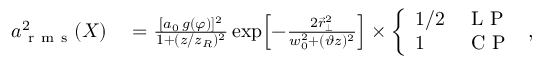
\begin{array} { r l } { a _ { \mathrm { ~ r ~ m ~ s ~ } } ^ { 2 } ( X ) } & { { } = \frac { [ a _ { 0 } \, g ( \varphi ) ] ^ { 2 } } { 1 + ( z / z _ { R } ) ^ { 2 } } \exp \! \left[ - \frac { 2 \vec { r } _ { \perp } ^ { 2 } } { w _ { 0 } ^ { 2 } + ( \vartheta z ) ^ { 2 } } \right] \times \left\{ \begin{array} { l l } { 1 / 2 } & { \mathrm { ~ L ~ P ~ } } \\ { 1 } & { \mathrm { ~ C ~ P ~ } } \end{array} \right. , } \end{array}